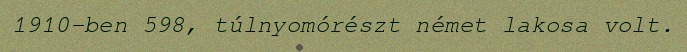
1910-ben 598, túlnyomórészt német lakosa volt.